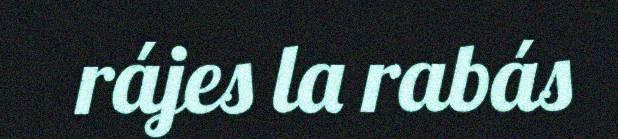
rájes la rabás